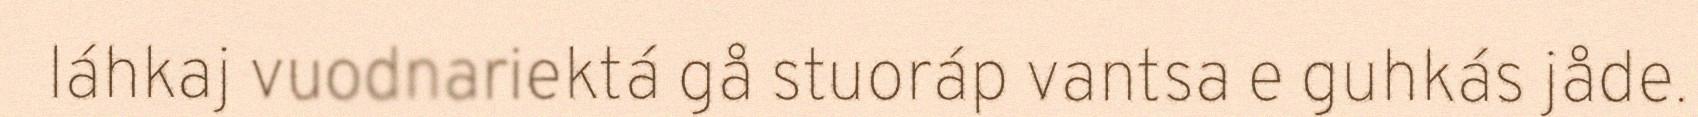
láhkaj vuodnariektá gå stuoráp vantsa e guhkás jåde.